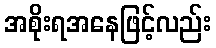
အစိုးရအနေဖြင့်လည်း